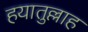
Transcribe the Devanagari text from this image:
हयातुल्लाह